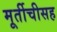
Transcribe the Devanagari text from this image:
मूर्तीचीसह